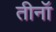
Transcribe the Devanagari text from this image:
तीनॉ